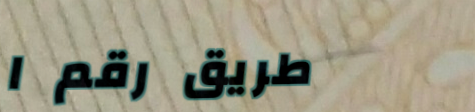
طريق رقم ١